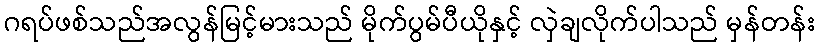
ဂရပ်ဖစ်သည်အလွန်မြင့်မားသည် မိုက်ပွမ်ပီယိုနှင့် လှဲချလိုက်ပါသည် မှန်တန်း